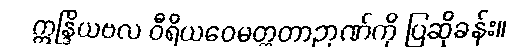
ဣန္ဒြိယဗလ ဝီရိယဝေမတ္တတာဉာဏ်ကို ပြဆိုခန်း။